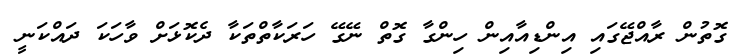
ގޮތުން ރާއްޖޭގައި އިންޑިއާއިން ހިންގާ ގޮތް ނޭގޭ ހަރަކާތްތަކާ ދެކޮޅަށް ވާހަކަ ދައްކަނީ